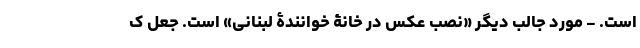
است. - مورد جالب دیگر «نصب عکس در خانۀ خوانندۀ لبنانی» است. جعل ک